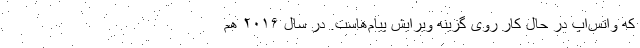
که واتس‌اپ در حال کار روی گزینه ویرایش پیام‌هاست. در سال ۲۰۱۶ هم